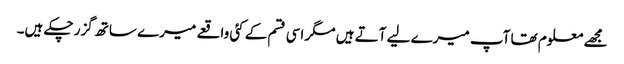
مجھے معلوم تھا آپ میرے لیے آتے ہیں مگر اسی قسم کے کئی واقعے میرے ساتھ گزر چکے ہیں۔